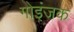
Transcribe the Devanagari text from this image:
गोइंजक